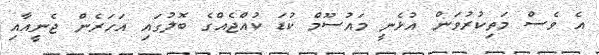
އެ ވެސް މަތިކުރުވަން އުޅެނީ މައުސޫމް ކުޑަ ކުއްޖެއްގެ ބޮލުގައި އަހަރެން ޖެނީއާއި